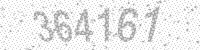
Solution: 364161